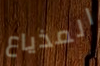
المذياع